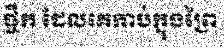
ផ្ចឹក ដែលគេកាប់ក្នុងព្រៃ